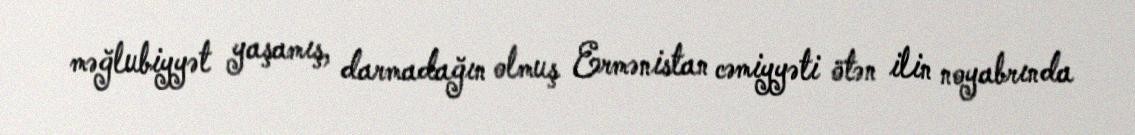
məğlubiyyət yaşamış, darmadağın olmuş Ermənistan cəmiyyəti ötən ilin noyabrında